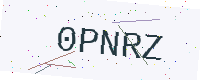
Text: 0PNRZ